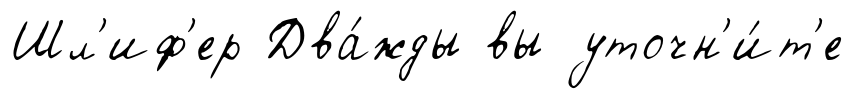
Шл'иф'ер Два́жды вы уточн'и́т'е